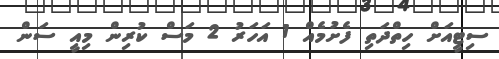
ސިޓީއަށް ހިތްދަތި ފެށުމެއް 1 އަހަރު 2 މަސް ކުރިން މިއީ ސަން